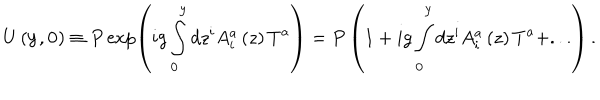
U \left( { { \bf y } , { \bf 0 } } \right) \equiv P \exp \left( { i g \int _ { \bf 0 } ^ { \bf y } { d z ^ { i } } A _ { i } ^ { a } \left( z \right) T ^ { a } } \right) = P \left( { 1 + i g \int _ { \bf 0 } ^ { \bf y } { d z ^ { i } } A _ { i } ^ { a } \left( z \right) T ^ { a } + . . . } \right) .